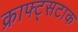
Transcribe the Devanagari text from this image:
क्राफ्ट्सटाक